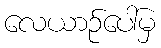
လေယာဉ်ပေါ်မှ